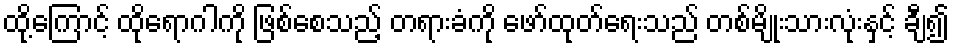
ထို့ကြောင့် ထိုရောဂါကို ဖြစ်စေသည့် တရားခံကို ဖော်ထုတ်ရေးသည် တစ်မျိုးသားလုံးနှင့် ချီ၍